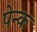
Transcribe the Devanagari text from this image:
पेन्क